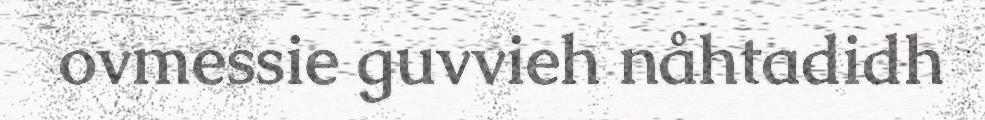
ovmessie guvvieh nåhtadidh